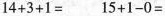
$$1 4 + 3 + 1 =$$ $$1 5 + 1 - 0 =$$